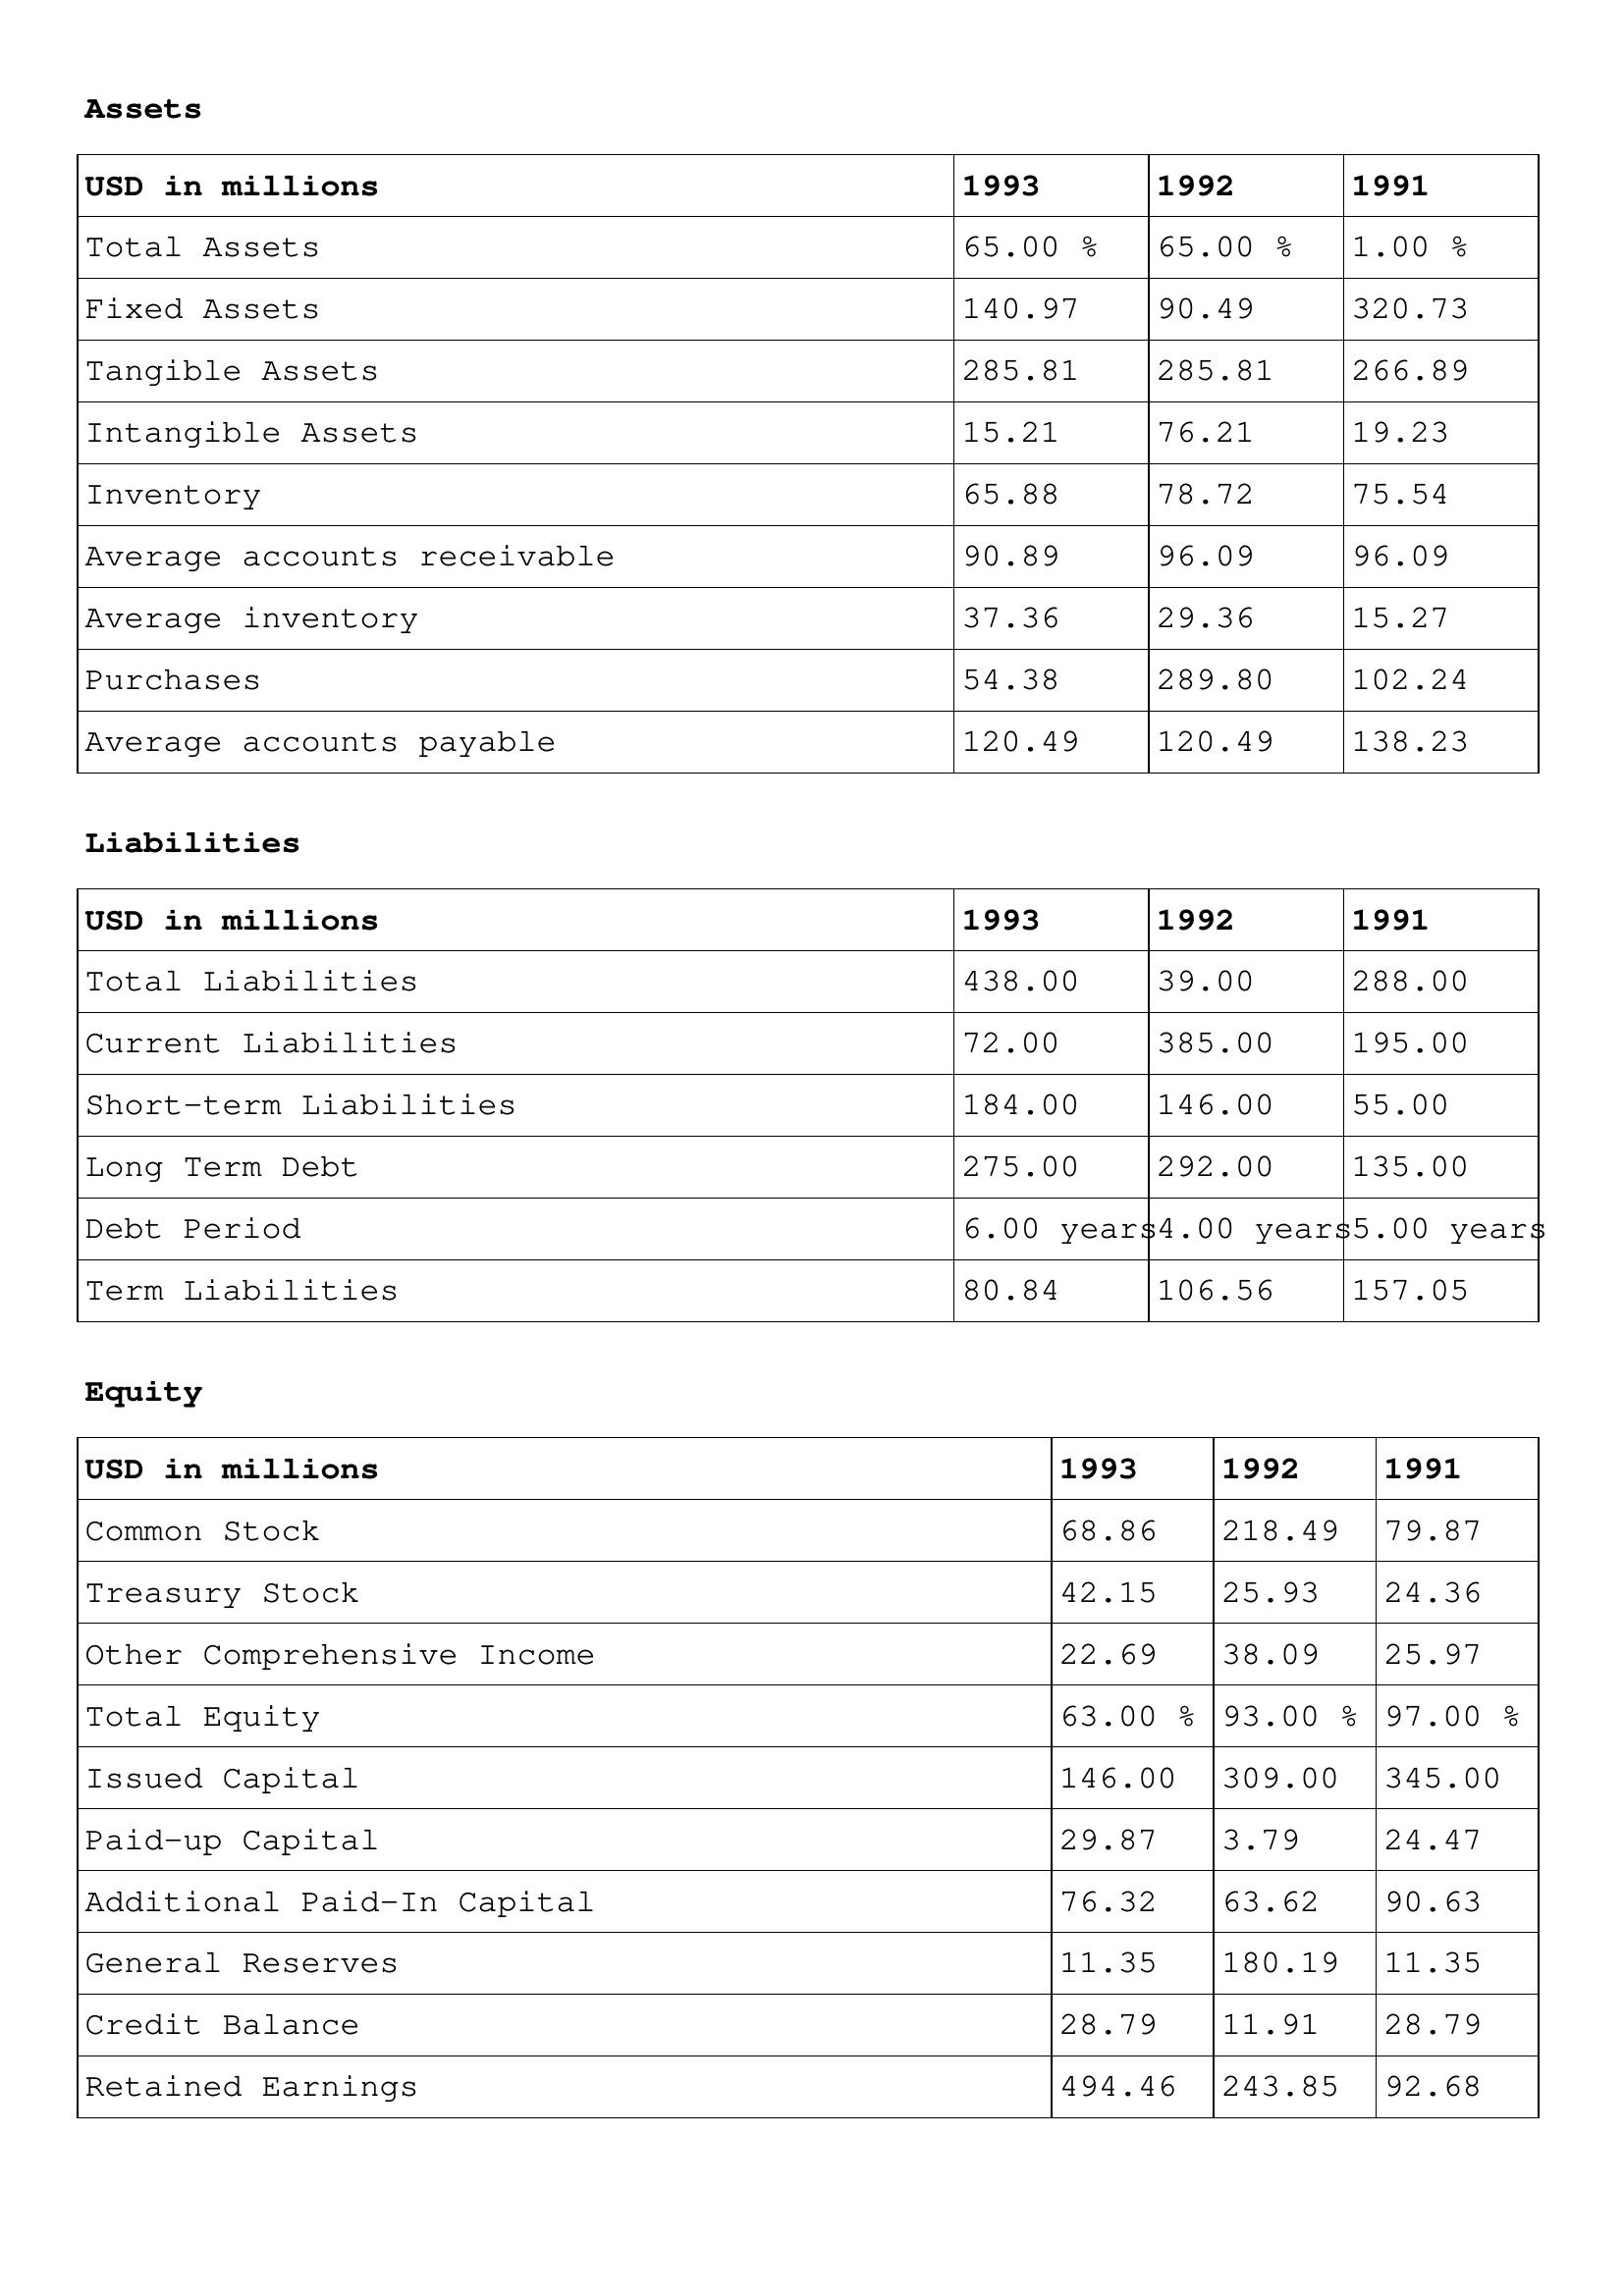
gt_parse: 1993: Assets: Total Assets: 65.00 %
Fixed Assets: 140.97
Tangible Assets: 285.81
Intangible Assets: 15.21
Inventory: 65.88
Average accounts receivable: 90.89
Average inventory: 37.36
Purchases: 54.38
Average accounts payable: 120.49
Liabilities: Total Liabilities: 438.00
Current Liabilities: 72.00
Short-term Liabilities: 184.00
Long Term Debt: 275.00
Debt Period: 6.00 years
Term Liabilities: 80.84
Equity: Common Stock: 68.86
Treasury Stock: 42.15
Other Comprehensive Income: 22.69
Total Equity: 63.00 %
Issued Capital: 146.00
Paid-up Capital: 29.87
Additional Paid-In Capital: 76.32
General Reserves: 11.35
Credit Balance: 28.79
Retained Earnings: 494.46
1992: Assets: Total Assets: 65.00 %
Fixed Assets: 90.49
Tangible Assets: 285.81
Intangible Assets: 76.21
Inventory: 78.72
Average accounts receivable: 96.09
Average inventory: 29.36
Purchases: 289.80
Average accounts payable: 120.49
Liabilities: Total Liabilities: 39.00
Current Liabilities: 385.00
Short-term Liabilities: 146.00
Long Term Debt: 292.00
Debt Period: 4.00 years
Term Liabilities: 106.56
Equity: Common Stock: 218.49
Treasury Stock: 25.93
Other Comprehensive Income: 38.09
Total Equity: 93.00 %
Issued Capital: 309.00
Paid-up Capital: 3.79
Additional Paid-In Capital: 63.62
General Reserves: 180.19
Credit Balance: 11.91
Retained Earnings: 243.85
1991: Assets: Total Assets: 1.00 %
Fixed Assets: 320.73
Tangible Assets: 266.89
Intangible Assets: 19.23
Inventory: 75.54
Average accounts receivable: 96.09
Average inventory: 15.27
Purchases: 102.24
Average accounts payable: 138.23
Liabilities: Total Liabilities: 288.00
Current Liabilities: 195.00
Short-term Liabilities: 55.00
Long Term Debt: 135.00
Debt Period: 5.00 years
Term Liabilities: 157.05
Equity: Common Stock: 79.87
Treasury Stock: 24.36
Other Comprehensive Income: 25.97
Total Equity: 97.00 %
Issued Capital: 345.00
Paid-up Capital: 24.47
Additional Paid-In Capital: 90.63
General Reserves: 11.35
Credit Balance: 28.79
Retained Earnings: 92.68